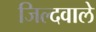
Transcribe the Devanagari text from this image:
जिल्दवाले